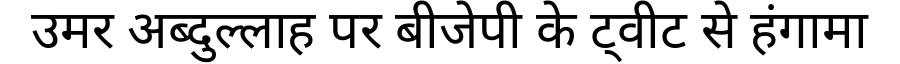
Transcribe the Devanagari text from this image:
उमर अब्दुल्लाह पर बीजेपी के ट्वीट से हंगामा